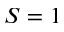
S = 1